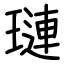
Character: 璉